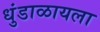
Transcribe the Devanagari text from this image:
धुंडाळायला